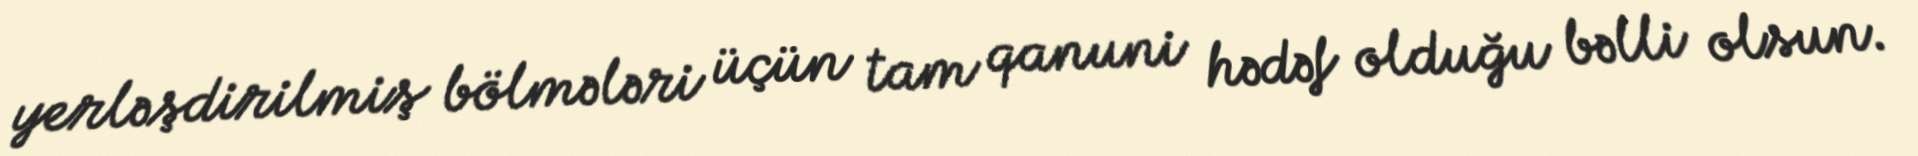
yerləşdirilmiş bölmələri üçün tam qanuni hədəf olduğu bəlli olsun.